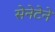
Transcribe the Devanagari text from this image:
सेनेटेने